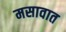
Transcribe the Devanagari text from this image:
मसावात